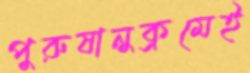
পুরুষানুক্রমেই